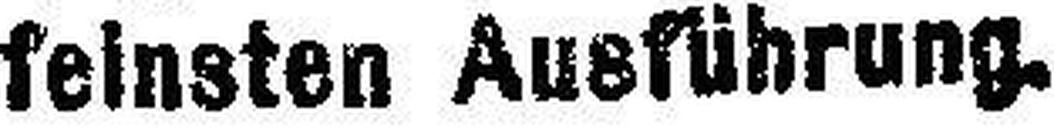
feinsten Ausführung.